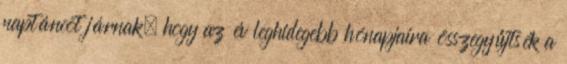
naptáncot járnak, hogy az év leghidegebb hónapjaira összegyűjtsék a